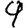
Digit: 9